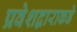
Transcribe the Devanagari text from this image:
प्रवेशद्वाराकडे